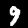
Label: 9